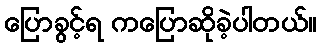
ပြောခွင့်ရ ကပြောဆိုခဲ့ပါတယ်။